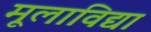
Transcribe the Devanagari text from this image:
मूलाविद्या